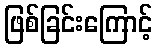
ဖြစ်ခြင်းကြောင့်